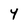
Character: Y